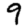
Digit: 9